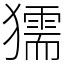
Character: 獳